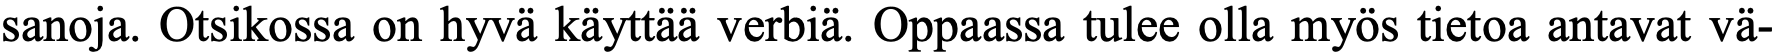
sanoja. Otsikossa on hyvä käyttää verbiä. Oppaassa tulee olla myös tietoa antavat vä-